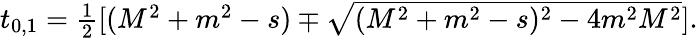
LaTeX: \begin{array}{ccc}{{t_{0,1}=\frac{1}{2}[(M^{2}+m^{2}-s)\mp\sqrt{(M^{2}+m^{2}-s)^{2}-4m^{2}M^{2}}].}}\end{array}